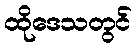
ထိုဒေသတွင်